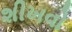
શીખવો